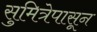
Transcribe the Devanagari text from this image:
सुमित्रेपासून